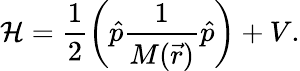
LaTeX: \mathcal{H}=\frac{{1}}{{2}}\left(\hat{{p}}\frac{{1}}{{M(\vec{{r}})}}\hat{{p}}\right)+V.